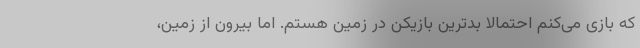
که بازی می‌کنم احتمالا بدترین بازیکن در زمین هستم. اما بیرون از زمین،